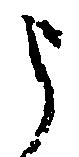
被